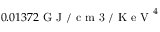
0 . 0 1 3 7 2 \mathrm { ~ G ~ J ~ / ~ c ~ m ~ 3 ~ / ~ K ~ e ~ V ~ } ^ { 4 }